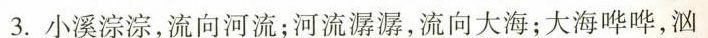
3.小溪淙淙，流向河流；河流潺潺，流向大海；大海哗哗，汹